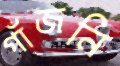
গাঁজনি